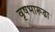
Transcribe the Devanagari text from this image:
वृषभारूढा